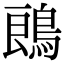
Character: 𪁜